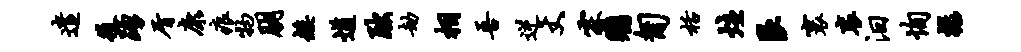
遣役踊屑康痕物朋矮遒黜劫相吾逆丈霖瞩匍栝炷艮寰衮汨恂禄